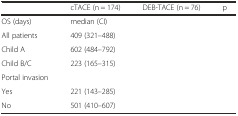
<table><thead><tr><td>[EMPTY_CELL]</td><td><b>cTACE (n = 174)</b></td><td><b>DEB-TACE (n = 76)</b></td><td><b>p</b></td></tr></thead><tbody><tr><td>OS (days)</td><td>median (CI)</td><td>[EMPTY_CELL]</td><td>[EMPTY_CELL]</td></tr><tr><td>All patients</td><td>409 (321–488)</td><td>[EMPTY_CELL]</td><td>[EMPTY_CELL]</td></tr><tr><td>Child A</td><td>602 (484–792)</td><td>[EMPTY_CELL]</td><td>[EMPTY_CELL]</td></tr><tr><td>Child B/C</td><td>223 (165–315)</td><td>[EMPTY_CELL]</td><td>[EMPTY_CELL]</td></tr><tr><td>Portal invasion</td><td>[EMPTY_CELL]</td><td>[EMPTY_CELL]</td><td>[EMPTY_CELL]</td></tr><tr><td>Yes</td><td>221 (143–285)</td><td>[EMPTY_CELL]</td><td>[EMPTY_CELL]</td></tr><tr><td>No</td><td>501 (410–607)</td><td>[EMPTY_CELL]</td><td>[EMPTY_CELL]</td></tr></tbody></table>